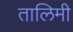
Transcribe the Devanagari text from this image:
तालिमी